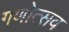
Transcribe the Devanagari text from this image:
गणोत्सव